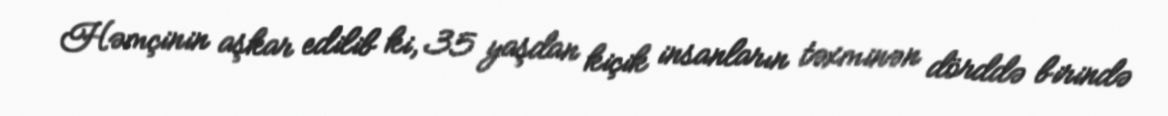
Həmçinin aşkar edilib ki, 35 yaşdan kiçik insanların təxminən dörddə birində